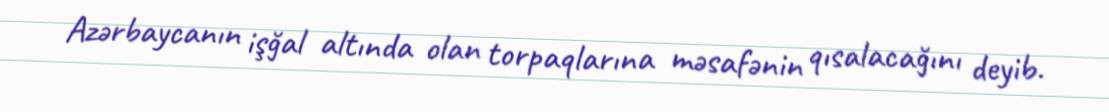
Azərbaycanın işğal altında olan torpaqlarına məsafənin qısalacağını deyib.